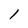
Character: 1